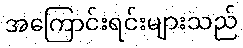
အကြောင်းရင်းများသည်